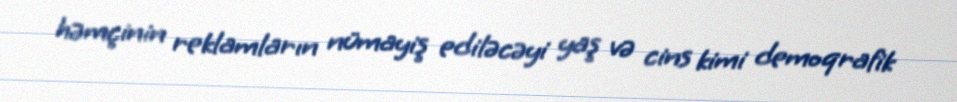
həmçinin reklamların nümayiş ediləcəyi yaş və cins kimi demoqrafik